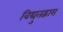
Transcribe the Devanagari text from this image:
विद्युतद्वारा